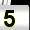
Digit: 5